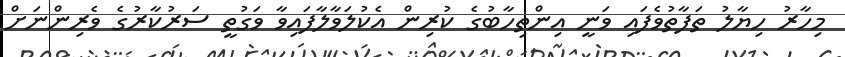
މިހާރު ހިޔާލު ތަފާތުވެފައި ވަނީ އިންތިހާބުގެ ކުރިން އެކުލަވާލާފައިވާ ވަގުތީ ސަރުކާރުގެ ވެރިންނަށް